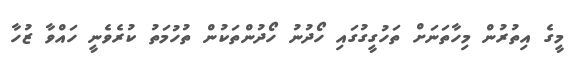
މީގެ އިތުރުން މިހާތަނަށް ތަހުގީގުގައި ހޯދުނު ހޯދުންތަކުން ތުހުމަތު ކުރެވެނީ ހައްވާ ޒުހާ